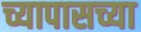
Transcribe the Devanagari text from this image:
च्यापासच्या